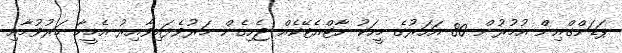
ޕަޑަންގްއިން އުމުރުން 80 އަހަރުގެ މީހަކު ހާޓްއެޓޭކެއް ޖެހިގެން މަރުވެފައިވާއިރު އެމީހާ މަރުވުމާއި